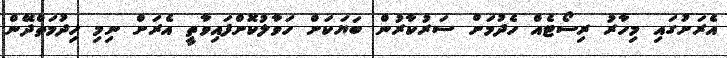
އެރަށުގައި މިހާރު ރިސޯޓެއް ހެދުމަށް ސަރުކާރުން ބަޔަކަށް ހަވާލުކޮށްފައިވާތީ އެރަށް ނިމި ހިދުމަތްދޭން